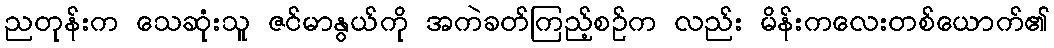
ညတုန်းက သေဆုံးသူ ဇင်မာနွယ်ကို အကဲခတ်ကြည့်စဉ်က လည်း မိန်းကလေးတစ်ယောက်၏